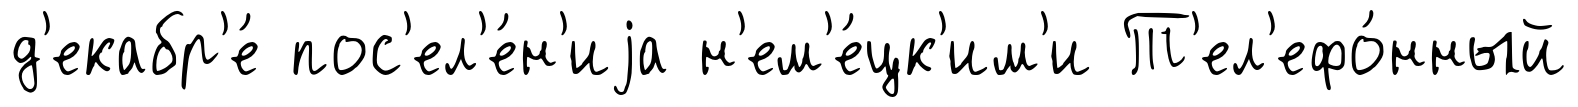
д'екабр'е́ пос'ел'е́н'иjа н'ем'е́цк'им'и Т'ел'ефо́нный